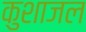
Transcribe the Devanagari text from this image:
कुशाजल